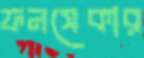
ফনসেকার